Lunatic asylums United Provinces 1909-1921 - 1909-1921
Year: 1909
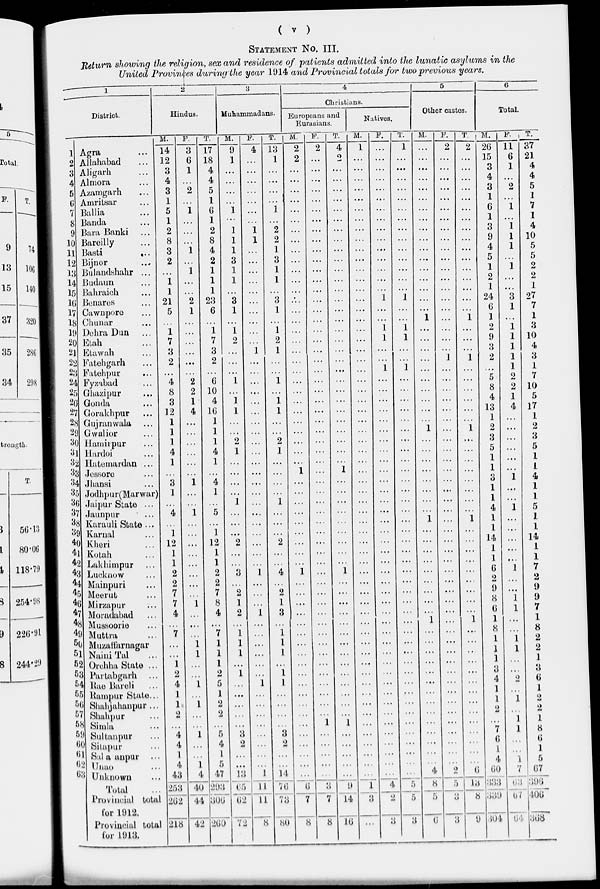
( v )
STATEMENT No. III.
Return showing the religion, sex and residence of patients admitted into the lunatic asylums in the
United Provinces during the year 1914 and Provincial totals for two previous years.
1
District.
1
2
3
4
5
6
7
8
9
10
11
12
13
14
15
16
17
18
19
20
21
22
23
24
25
26
27
28
29
30
31
32
33
34
35
36
37
38
39
40
41
42
43
44
45
46
47
48
49
50
51
52
53
54
55
56
57
58
59
60
61
62
63
Agra ...
Allahabad ...
Aligarh ...
Almora ...
Azamgarh ...
Amritsar ...
Ballia ...
Banda ...
Bara Banki ...
Bareilly ...
Basti
...
Bijnor ...
Bulandshahr ...
Budaun ...
Bahraich ...
Benares ...
Cawnpore ...
Chunar ...
Dehra Dun ...
Etah ...
Etawah ...
Fatehgarh ...
Fatehpur ...
Fyzabad ...
Ghazipur ...
Gonda ...
Gorakhpur ...
Gujranwala ...
Gwalior ...
Harmirpur ...
Hardoi ...
Hatemardan ...
Jessore ...
Jhansi ...
Jodhpur(Marwar)
Jaipur State ...
Jaunpur ...
Karauli State ...
Karnal ...
Kheri ...
Kotah ...
Lakhimpur ...
Lucknow
Mainpuri ...
Meerut ...
Mirzapur ...
Moradabad ...
Mussoorie ...
Muttra ...
Muzaffarnagar
NainiTal ...
Orchha State ...
Partabgarh ...
Rae Bareli ...
Rampur State...
Shahjahanpur ...
Shahpur ...
Simla
Sultanpur ...
Sitapur ...
Sala anpur ...
Unao ...
Unknown ...
Total ...
Provincial total
for 1912.
Provincial total
for 1913.
2
Hindus.
M.
14
12
3
4
3
1
5
1
2
8
3
2
...
1
1
21
5
...
1
7
3
2
...
4
8
3
12
1
1
1
4
1
...
3
1
...
4
...
1
12
1
1
2
2
7
7
4
...
7
...
...
1
2
4
1
1
2
...
4
4
1
4
43
253
262
218
F.
3
6
1
...
2
1
...
...
1
...
1
...
...
2
1
...
...
...
...
...
...
2
2
1
4
...
...
...
...
...
...
1
...
...
1
...
...
...
...
...
...
...
...
1
...
...
...
1
1
...
...
1
...
1
...
...
1
...
...
1
4
40
44
42
T.
17
18
4
4
5
1
6
1
2
8
4
2
1
1
1
23
6
...
1
7
3
2
...
6
10
4
16
1
1
1
4
1
...
4
1
...
5
...
1
12
1
1
2
2
7
8
4
...
7
1
1
1
2
5
1
2
2
...
5
4
1
5
47
293
306
260
3
Muhammadans.
M.
9
1
...
...
...
...
1
...
1
1
1
3
1
1
...
3
1
...
1
2
...
...
...
1
...
1
1
...
...
2
1
...
...
...
...
1
...
...
...
2
...
...
3
...
2
1
2
...
1
1
1
...
1
...
...
...
...
...
3
2
...
...
13
65
62
72
F.
4
...
...
...
...
...
...
...
1
1
...
...
...
...
...
...
...
...
...
...
1
...
...
...
...
...
...
...
...
...
...
...
...
...
...
...
...
...
...
...
...
...
1
...
...
...
1
...
...
...
...
...
...
1
...
...
...
...
...
...
...
...
1
11
14
8
T.
13
1
...
...
...
...
1
...
2
2
1
3
1
1
...
3
1
...
1
2
1
...
...
1
...
1
1
...
...
2
1
...
...
...
...
1
...
...
...
2
...
...
4
...
2
1
3
...
1
1
1
...
1
1
...
...
...
...
3
2
...
...
14
76
73
80
4
Christians.
Europeans and
Eurasians.
M.
2
2
...
...
...
...
...
...
...
...
...
...
...
...
...
...
...
...
...
...
...
...
...
...
...
...
...
...
...
...
...
...
1
...
...
...
...
...
...
...
...
...
1
...
...
...
...
...
...
...
...
...
...
...
...
...
...
...
...
...
...
...
...
6
7
8
F.
2
...
...
...
...
...
...
...
...
...
...
...
...
...
...
...
...
...
...
...
...
...
...
...
...
...
...
...
...
...
...
...
...
...
...
...
...
...
...
...
...
...
...
...
...
...
...
...
...
...
...
...
...
...
...
...
...
1
...
...
...
...
...
3
7
8
T.
4
2
...
...
...
...
...
...
...
...
...
...
...
...
...
...
...
...
...
...
...
...
...
...
...
...
...
...
...
...
...
...
1
...
...
...
...
...
...
...
...
...
1
...
...
...
...
...
...
...
...
...
...
...
...
...
...
1
...
...
...
...
...
9
14
16
Natives.
M.
1
...
...
...
...
...
...
...
...
...
...
...
...
...
...
...
...
...
...
...
...
...
...
...
...
...
...
...
...
...
...
...
...
...
...
...
...
...
...
...
...
...
...
...
...
...
...
...
...
...
...
...
...
...
...
...
...
...
...
...
...
...
...
1
3
...
F.
...
...
...
...
...
...
...
...
...
...
...
...
...
...
...
...
...
...
1
1
...
...
1
...
...
...
...
...
...
...
...
...
...
...
...
...
...
...
...
...
...
...
...
...
...
...
...
...
...
...
...
...
...
...
...
...
...
...
...
...
...
...
...
4
2
3
T.
1
...
...
...
...
...
...
...
...
...
...
...
...
...
...
1
...
...
1
1
...
...
1
...
...
...
...
...
...
...
...
...
...
...
...
...
...
...
...
...
...
...
...
...
...
...
...
...
...
...
...
...
...
...
...
...
...
...
...
...
...
...
...
5
5
3
5
Other castes.
M.
...
...
...
...
...
...
...
...
...
...
...
...
...
...
...
...
...
1
...
...
...
...
...
...
...
...
...
...
1
...
...
...
...
...
...
...
...
1
...
...
...
...
...
...
...
...
...
1
...
...
...
...
...
...
...
...
...
...
...
...
...
...
4
8
5
6
F.
2
...
...
...
...
...
...
...
...
...
...
...
...
...
...
...
...
...
...
...
...
1
...
...
...
...
...
...
...
...
...
...
...
...
...
...
...
...
...
...
...
...
...
...
...
...
...
...
...
...
...
...
...
...
...
...
...
...
...
...
...
...
2
5
3
3
T.
2
...
...
...
...
...
...
...
...
...
...
...
...
...
...
...
...
1
...
...
...
1
...
...
...
...
...
...
1
...
...
...
...
...
...
...
...
1
...
...
...
...
...
...
...
...
...
1
...
...
...
...
...
...
...
...
...
...
...
...
...
...
6
13
8
9
6
Total.
M.
26
15
3
4
3
1
6
1
3
9
4
5
1
2
1
24
6
1
2
9
3
2
...
5
8
4
13
1
2
3
5
1
1
3
1
1
4
1
1
14
1
1
6
2
9
8
6
1
8
1
1
1
3
4
1
1
2
...
7
6
1
4
60
333
339
304
F.
11
6
1
...
2
...
1
...
1
1
1
...
1
...
...
3
1
...
1
1
1
1
1
2
2
1
4
...
...
...
...
...
...
1
...
...
1
...
...
...
...
...
1
...
...
1
1
...
...
1
1
...
...
2
...
1
...
1
1
...
...
1
7
63
67
64
T.
37
21
4
4
5
1
7
1
4
10
5
5
2
2
1
27
7
1
3
10
4
3
1
7
10
5
17
1
2
3
5
1
1
4
1
1
5
1
1
14
1
1
7
2
9
9
7
1
8
2
2
1
3
6
1
2
2
1
8
6
1
5
67
396
406
368